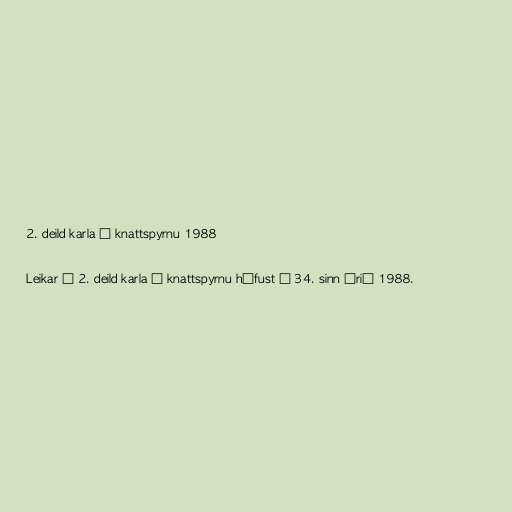
2. deild karla í knattspyrnu 1988

Leikar í 2. deild karla í knattspyrnu hófust í 34. sinn árið 1988.